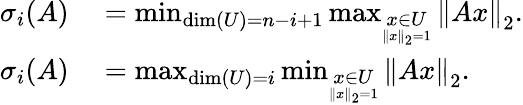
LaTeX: \begin{array}{rl}{\sigma_{i}(A)}&{{}=\operatorname*{min}_{\dim(U)=n-i+1}\operatorname*{max}_{\underset{\| x\| _{2}=1}{x\in U}}\left\| Ax\right\| _{2}.}\\ {\sigma_{i}(A)}&{{}=\operatorname*{max}_{\dim(U)=i}\operatorname*{min}_{\underset{\| x\| _{2}=1}{x\in U}}\left\| Ax\right\| _{2}.}\end{array}